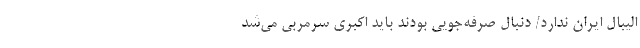
الیبال ایران ندارد/ دنبال صرفه‌جویی بودند باید اکبری سرمربی می‌شد